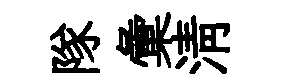
隊彙清